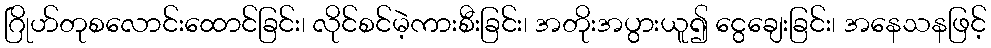
ဂြိုဟ်တုစလောင်းထောင်ခြင်း၊ လိုင်စင်မဲ့ကားစီးခြင်း၊ အတိုးအပွားယူ၍ ငွေချေးခြင်း၊ အနေသနဖြင့်